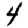
Digit: 4